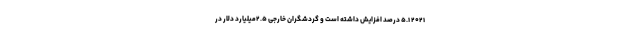
۲۰۲۱ ۵.۱ درصد افزایش داشته است و گردشگران خارجی ۲.۵میلیارد دلار در